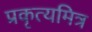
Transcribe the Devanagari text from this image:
प्रकृत्यमित्र